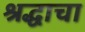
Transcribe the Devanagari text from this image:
श्रद्धाचा